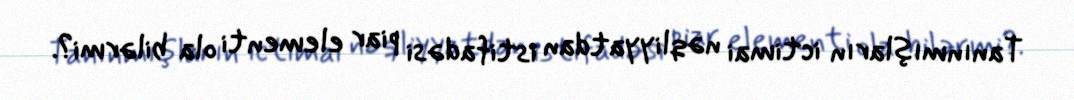
Tanınmışların ictimai nəqliyyatdan istifadəsi piar elementi ola bilərmi?.